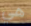
هي